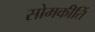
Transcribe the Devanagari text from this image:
सोमकीर्ति